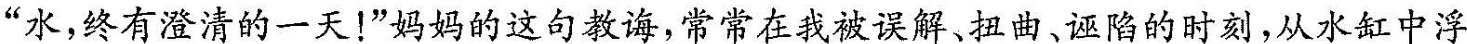
“水，终有澄清的一天就！”妈妈的这句教诲，常常在我被误解、扭曲、诬陷的时刻，从水缸中浮